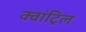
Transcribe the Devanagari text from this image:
क्वांट्रिल